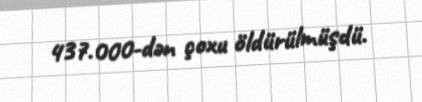
437.000-dən çoxu öldürülmüşdü.